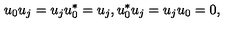
u _ { 0 } u _ { j } = u _ { j } u _ { 0 } ^ { * } = u _ { j } , u _ { 0 } ^ { * } u _ { j } = u _ { j } u _ { 0 } = 0 ,